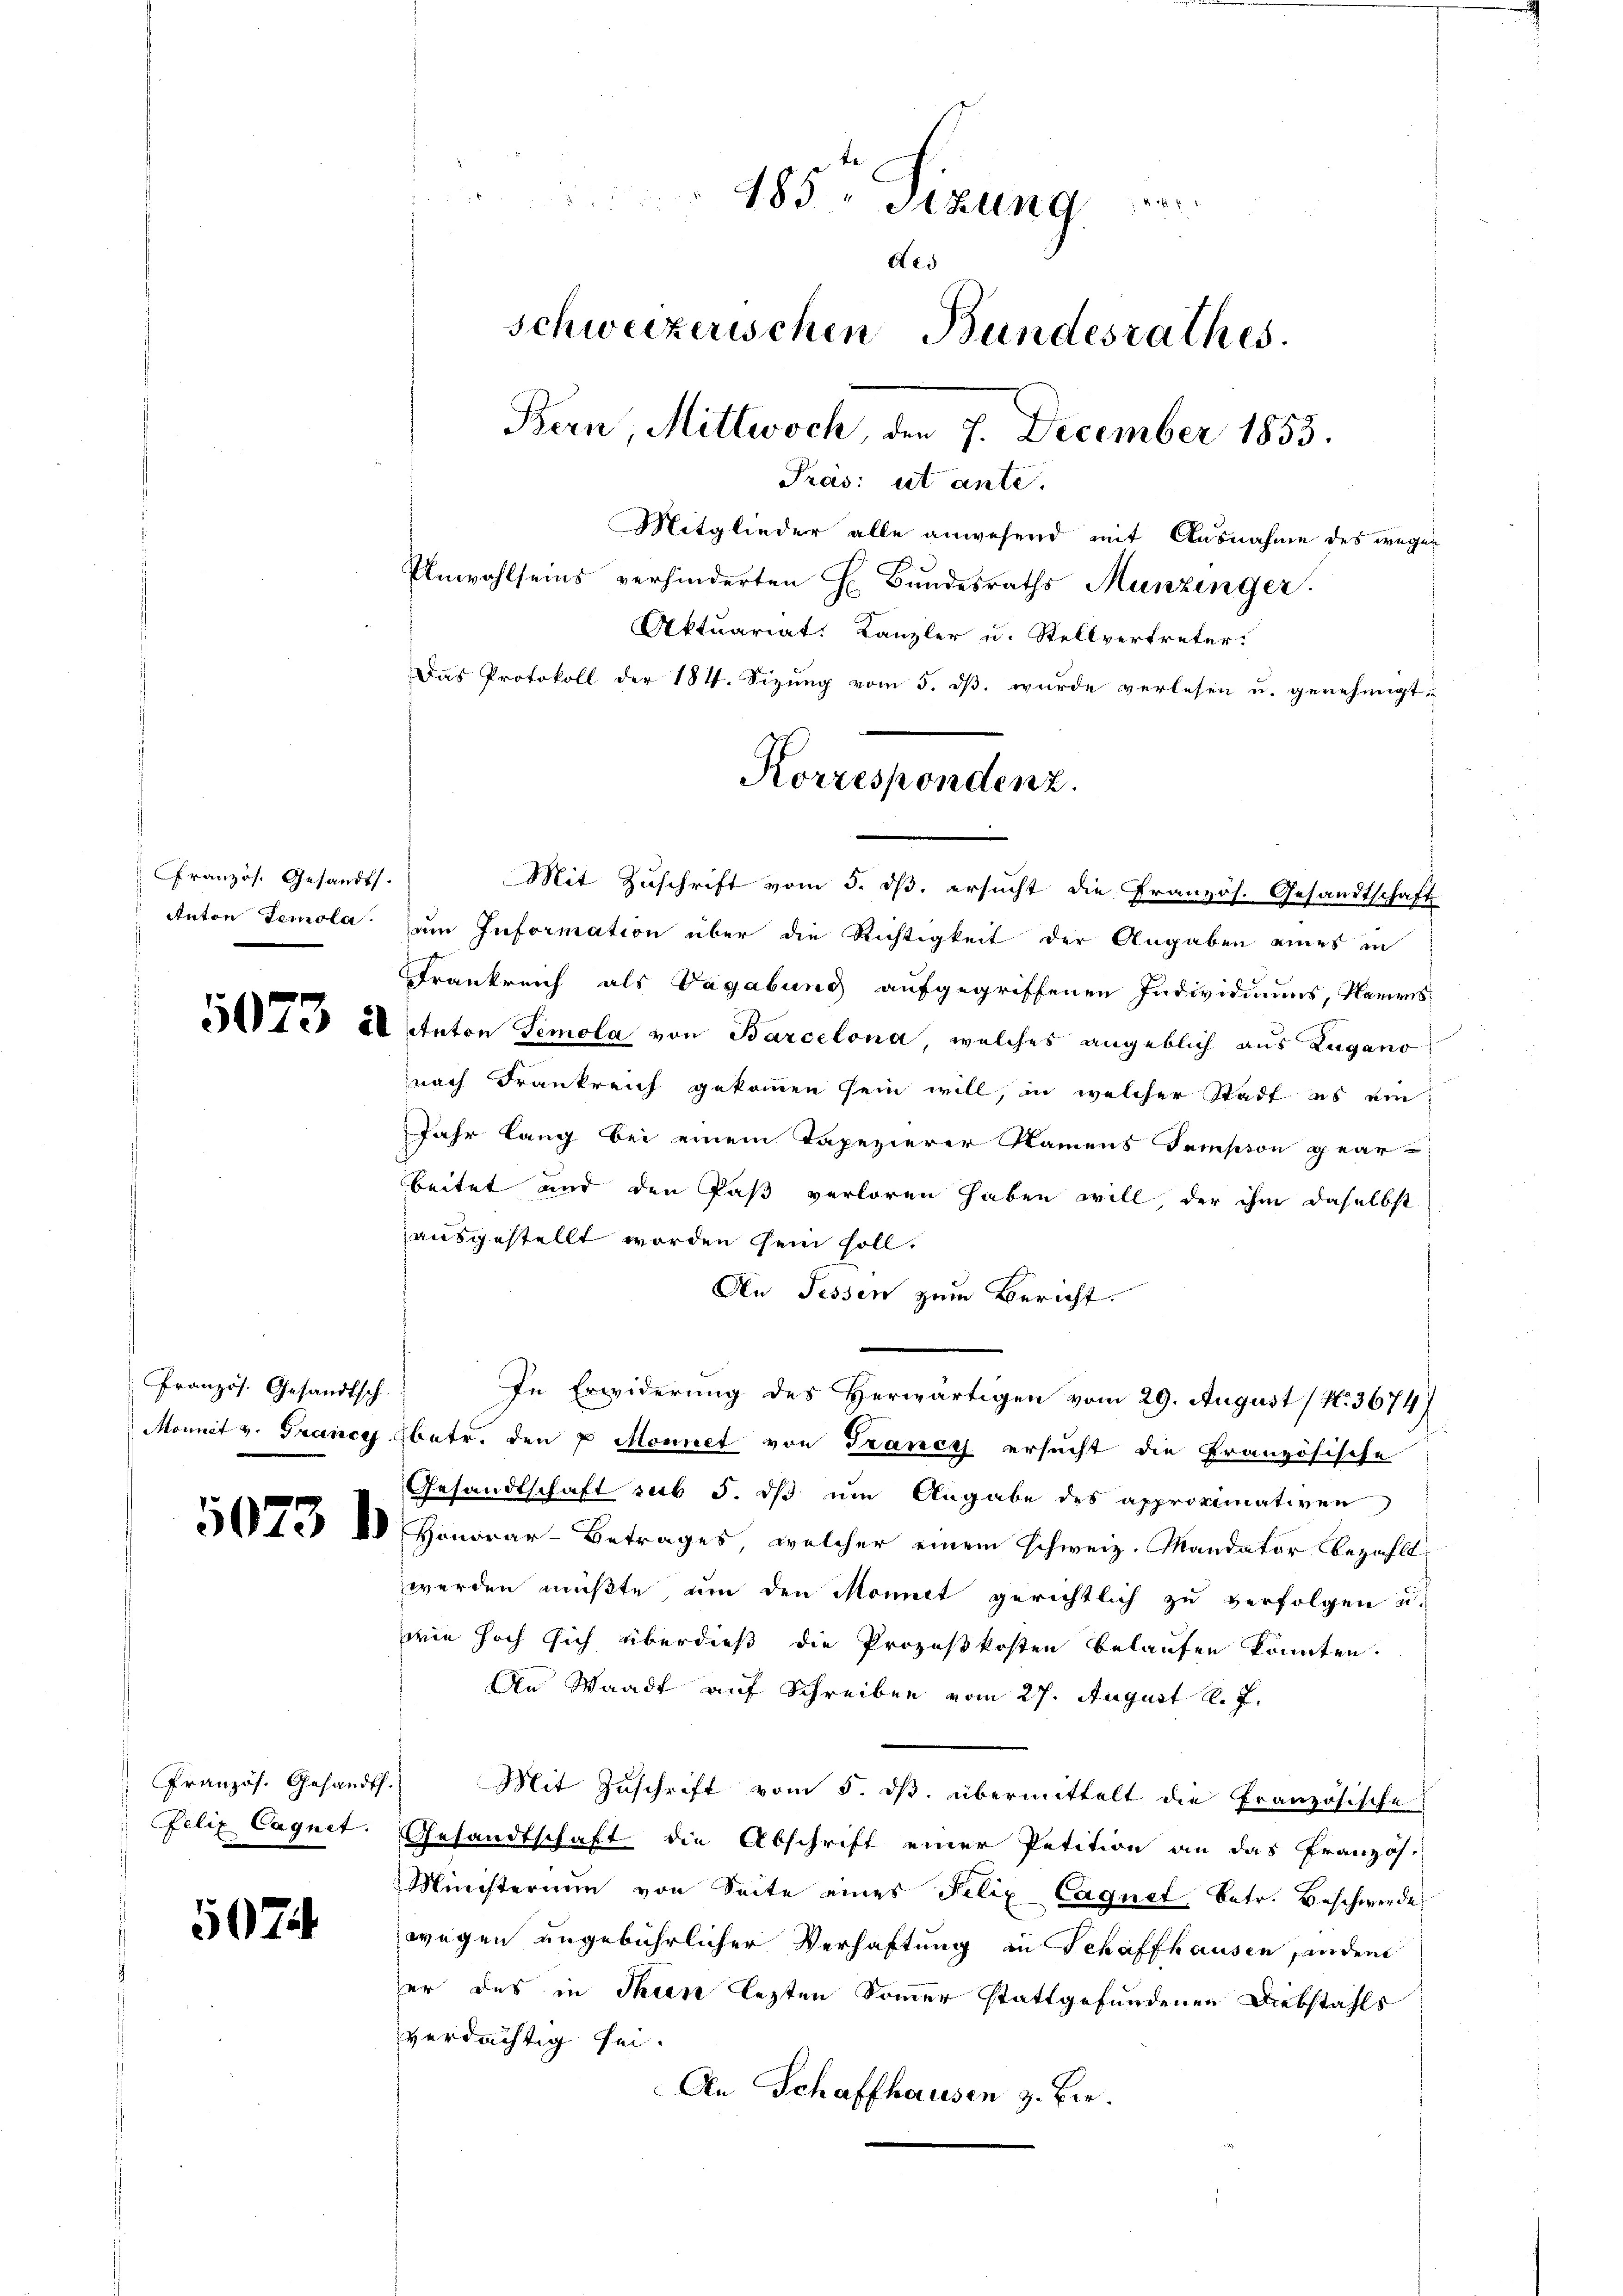
Französ. Gesandts.

Pranzös. Gesandtsch.

5074

2 x
u
185. Sizung
A 25
schweizerischen Bundesrathes.
Bern, Mittwoch, den 7. December 1853.
Pras: ut ante.
Mitglieder alle anwesend mit Ausnahme des wegen
Unwohlseins verhinderten H. Bundesraths Munzinger.
Aktuariat. Kanzler u. Stellvertreter:
Das Protokoll der 184. Sizŭng vom 5. dβ. wurde verlesen u. genehmigt.

Mit Zuschrift vom 5. ds. ersucht die Pranzös. Gesandtschaft
Anton Temola zum Information über die Richtigkeit der Angaben eines in
Frankreich als Vagabung aufgegriffenen Individiums, Namens
 22 Anton Semola von Barcelona, welches angeblich aus Lugano
nach Frankreich gekommen sein will, in welcher Stadt es ein
Jahr lang bei einem Tapezierer Namens demsion gear-
beitet und den Paß verloren haben will, der ihm daselbst
ausgestellt worden sein soll.
An Fessen zum Bericht.
In Erwiderung des Herwärtigen vom 29. August / N. 3674/
Monnit v. France betr. den 2 Monnet von Trance ersucht die Französische
Gesandtschaft sub 5. dß um Angabe des approximativen
37  Honorar-Betrages, welcher einem Schweiz. Mandator bezahlt,
werden müßte, um den Monit gerichtlich zu verfolgen u.
wie hoch sich überdieß die Prozeßkosten belaufen könnten.
An Waadt auf Schreiben vom 27. August l. J.
Pranzös. Gesandth. Mit Zuschrift vom 5. ds. übermittelt die Französische
Felix Cagnet. Gesandtschaft die Abschrift einer Petition an das Französ.
Ministerium von Seite eines Felix Caquet betr. Beschwerde
wegen ungebührlicher Verhaftung in Schaffhausen finden
er das in Thun lezten Sommer stattgefundenen Diebstahls
verdächtig sei.
An Schaffhausen z. Bir.

Korrespondenz.